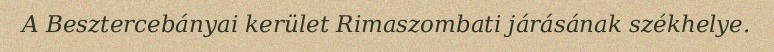
A Besztercebányai kerület Rimaszombati járásának székhelye.